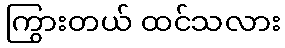
ကြွားတယ် ထင်သလား